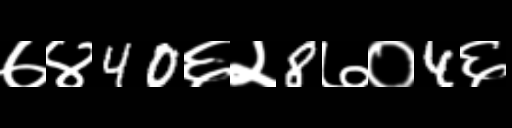
Text: ७४40६२8७०4६